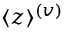
\langle z \rangle ^ { ( v ) }